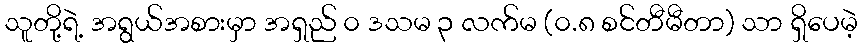
သူတို့ရဲ့ အရွယ်အစားမှာ အရှည် ၀ ဒသမ ၃ လက်မ (၀.၈ စင်တီမီတာ) သာ ရှိပေမဲ့